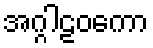
အဂ္ဂါဠဝကော